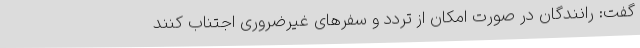
گفت: رانندگان در صورت امکان از تردد و سفرهای غیرضروری اجتناب کنند